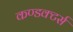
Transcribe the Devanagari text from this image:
कण्डक्टर्स